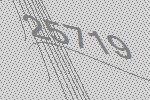
25719